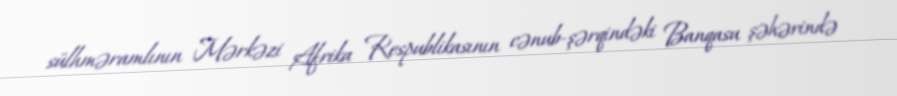
sülhməramlının Mərkəzi Afrika Respublikasının cənub-şərqindəki Banqasu şəhərində